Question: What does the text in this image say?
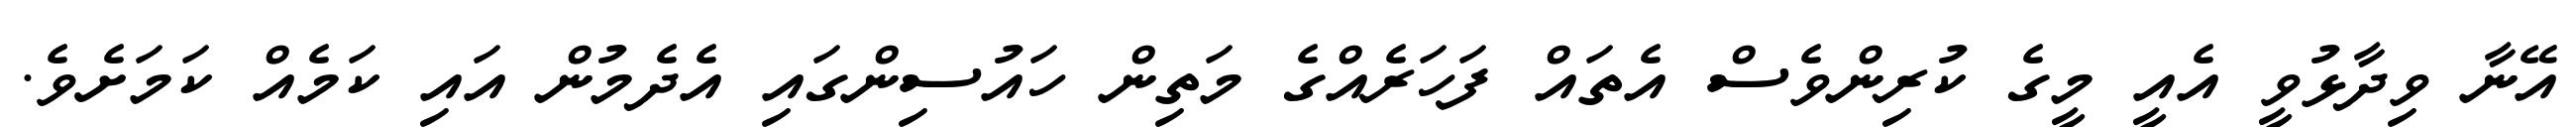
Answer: އޭނާ ވިދާޅުވީ އެއީ މީގެ ކުރިންވެސް އެތައް ފަހަރެއްގެ މަތިން ހައުސިންގައި އެދެމުން އައި ކަމެއް ކަމަށެވެ.